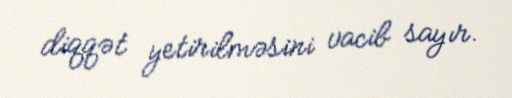
diqqət yetirilməsini vacib sayır.